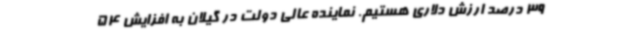
39 درصد ارزش دلاری هستیم. نماینده عالی دولت در گیلان به افزایش 54